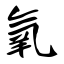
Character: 氧